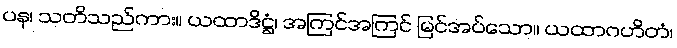
ပန၊ သတိသည်ကား။ ယထာဒိဋ္ဌံ၊ အကြင်အကြင် မြင်အပ်သော။ ယထာဂဟိတံ၊